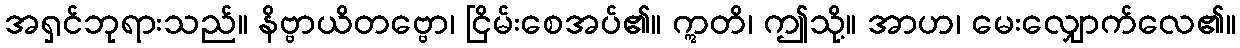
အရှင်ဘုရားသည်။ နိဗ္ဗာယိတဗ္ဗော၊ ငြိမ်းစေအပ်၏။ ဣတိ၊ ဤသို့။ အာဟ၊ မေးလျှောက်လေ၏။